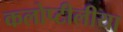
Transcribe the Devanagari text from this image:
कलोप्टीलीया